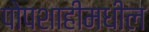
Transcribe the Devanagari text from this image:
पोपशाहीमधील